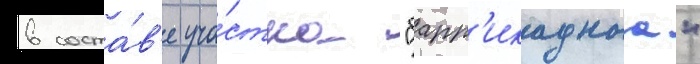
в соста́в'е уча́стка "барр'икаднаа"